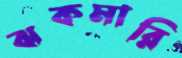
ঝকমারি